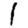
Digit: 1